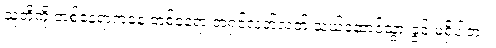
သူတို့ကို တစ်နေရာကနေ တစ်နေရာ အရှင်လတ်လတ် သယ်ဆောင်သွားခွင့် မရှိပါဘူး။